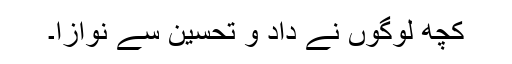
کچھ لوگوں نے داد و تحسین سے نوازا۔